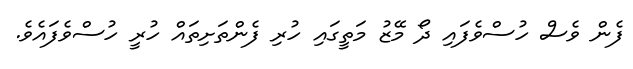
ފެން ވެސް ހުސްވެފައި ދޯ މޭޒު މަތީގައި ހުރި ފެންތަށިތައް ހުރީ ހުސްވެފައެވެ.